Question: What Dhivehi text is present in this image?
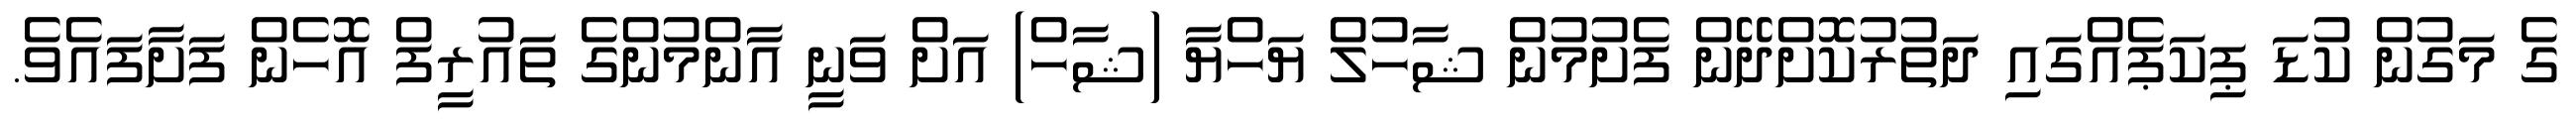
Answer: ގެ މަގުން ކުޑަ ޕިކަޕެއްގައި ދަތުރުކޮށްދޭން ފެށުމުން ޝާހުލް ޔަހްޔާ (ޝާހް) އަށް ވަނީ އާންމުންގެ ތައުރީފް އޮހެން ފަށާފައެވެ.